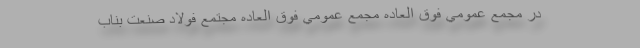
در مجمع عمومي فوق العاده مجمع عمومي فوق العاده مجتمع فولاد صنعت بناب